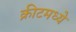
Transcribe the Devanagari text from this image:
क्रीटमध्ये